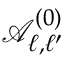
\mathcal { A } _ { \ell , \ell ^ { \prime } } ^ { ( 0 ) }